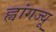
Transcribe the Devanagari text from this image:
ह्वांगज्यू